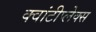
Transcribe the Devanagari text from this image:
क्वांटीप्लेक्स